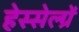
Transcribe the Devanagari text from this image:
हेस्सेल्ग्रें